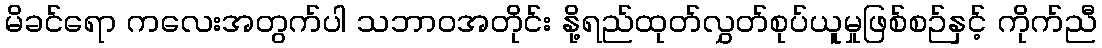
မိခင်ရော ကလေးအတွက်ပါ သဘာဝအတိုင်း နို့ရည်ထုတ်လွှတ်စုပ်ယူမှုဖြစ်စဉ်နှင့် ကိုက်ညီ